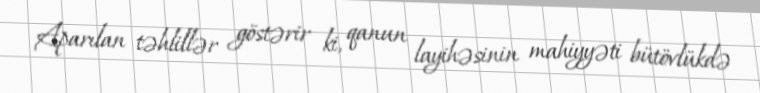
Aparılan təhlillər göstərir ki, qanun layihəsinin mahiyyəti bütövlükdə